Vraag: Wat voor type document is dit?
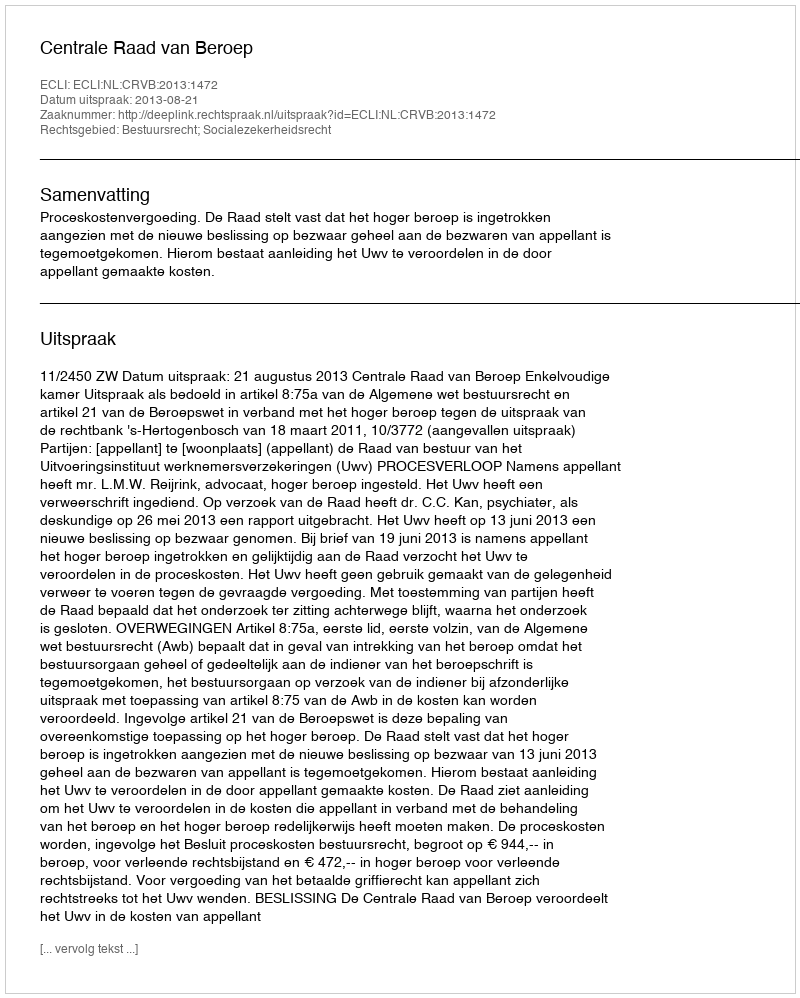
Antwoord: Uitspraak